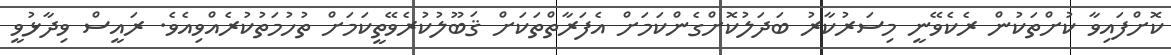
ކޮށްފައިވާ ކުށްތަކުން ރެކެވޭނީ މިސަރުކާރު ބަދަލުކޮށްގެންކަމަށް އެފަރާތްތަކަށް ޤަބޫލުކުރެވޭތީކަމަށް ތުހުމަތުކުރެއްވިއެވެ. ރައީސް ވިދާޅުވީ